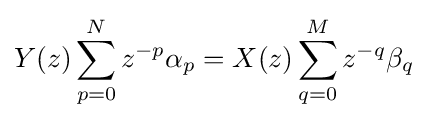
Y(z)\sum _{p=0}^{N}z^{-p}\alpha _{p}=X(z)\sum _{q=0}^{M}z^{-q}\beta _{q}